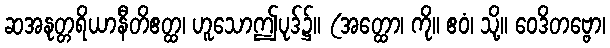
ဆအနုတ္တရိယာနီတိဧတ္ထ၊ ဟူသောဤပုဒ်၌။ (အတ္ထော၊ ကို။ ဧဝံ၊ သို့။ ဝေဒိတဗ္ဗော၊